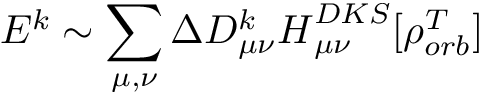
E ^ { k } \sim \sum _ { \mu , \nu } \Delta D _ { \mu \nu } ^ { k } \boldsymbol { H } _ { \mu \nu } ^ { D K S } [ \rho _ { o r b } ^ { T } ]